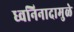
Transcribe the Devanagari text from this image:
ध्वनिनादामुळे